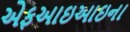
એફઆઇઆઇના